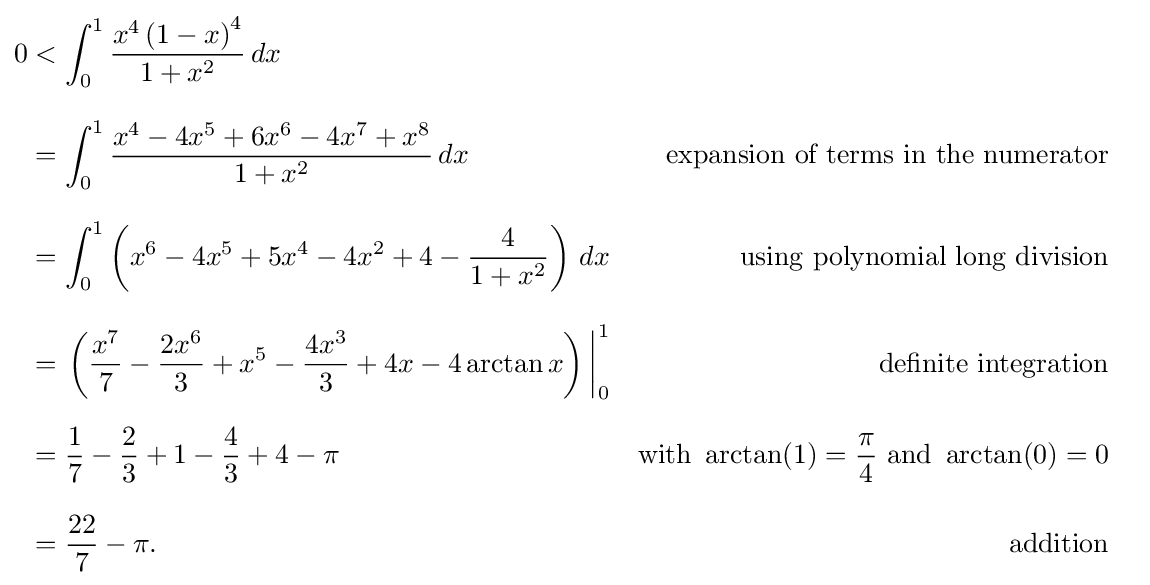
{\begin{aligned}0&<\int _{0}^{1}{\frac {x^{4}\left(1-x\right)^{4}}{1+x^{2}}}\,dx\\[8pt]&=\int _{0}^{1}{\frac {x^{4}-4x^{5}+6x^{6}-4x^{7}+x^{8}}{1+x^{2}}}\,dx&{\text{expansion of terms in the numerator}}\\[8pt]&=\int _{0}^{1}\left(x^{6}-4x^{5}+5x^{4}-4x^{2}+4-{\frac {4}{1+x^{2}}}\right)\,dx&{\text{ using polynomial long division}}&\\[8pt]&=\left.\left({\frac {x^{7}}{7}}-{\frac {2x^{6}}{3}}+x^{5}-{\frac {4x^{3}}{3}}+4x-4\arctan {x}\right)\,\right|_{0}^{1}&{\text{definite integration}}\\[6pt]&={\frac {1}{7}}-{\frac {2}{3}}+1-{\frac {4}{3}}+4-\pi \quad &{\text{with }}\arctan(1)={\frac {\pi }{4}}{\text{ and }}\arctan(0)=0\\[8pt]&={\frac {22}{7}}-\pi .&{\text{addition}}\end{aligned}}